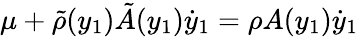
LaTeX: \mu+\tilde{\rho}(y_{1})\tilde{A}(y_{1})\dot{y}_{1}=\rho A(y_{1})\dot{y}_{1}